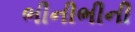
ભીનીભીની